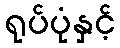
ရုပ်ပုံနှင့်